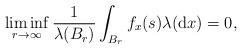
LaTeX: \begin{align*}\liminf_{r\to\infty}\frac{1}{\lambda(B_{r})}\int_{B_{r}}f_x(s)\lambda(\mathrm{d}x)=0 ,\end{align*}